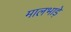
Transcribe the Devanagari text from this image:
मालभाड़े